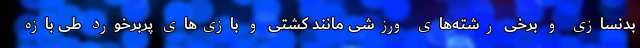
بدنسازی و برخی رشته‌های ورزشی مانند کشتی و بازی‌های پربرخورد طی بازه